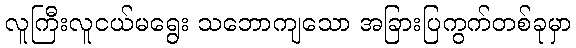
လူကြီးလူငယ်မရွေး သဘောကျသော အခြားပြကွက်တစ်ခုမှာ